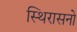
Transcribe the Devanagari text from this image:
स्थिरासनो